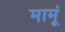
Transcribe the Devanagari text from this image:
मामूं